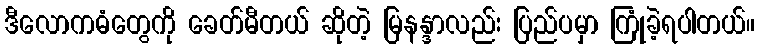
ဒီလောကဓံတွေကို ခေတ်မီတယ် ဆိုတဲ့ မြနန္ဒာလည်း ပြည်ပမှာ ကြုံခဲ့ရပါတယ်။